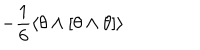
- \frac 1 6 \langle \theta \wedge [ \theta \wedge \theta ] \rangle